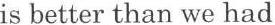
is better than we had